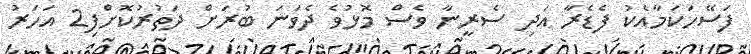
ފަސޭހަކަމާއެކު ފެޑެރާ އަދި ސެރީނާ ވެސް މޮޅުވެ ދެވަނަ ބުރަށް ދަތުރުކޮށްފި2 އަހަރު